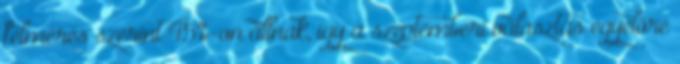
felmérés szerint 45%-on állnak, így a szeptemberi választás egyelőre